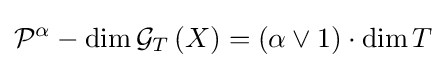
{\mathcal {P}}^{\alpha }-\dim {\mathcal {G}}_{T}\left(X\right)=(\alpha \vee 1)\cdot \dim T